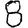
Digit: 8